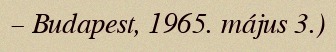
– Budapest, 1965. május 3.)